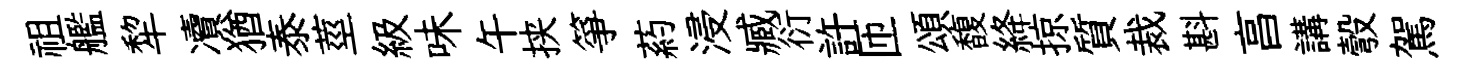
祖艦犂凟猶泰莖級味午挟箏葯浸臧衍許匝頌馥絳掠質裁斟亯講彀駕